Reports on dispensaries and lunatic asylums in the Province of Oudh - 1869-1876
Year: 1869
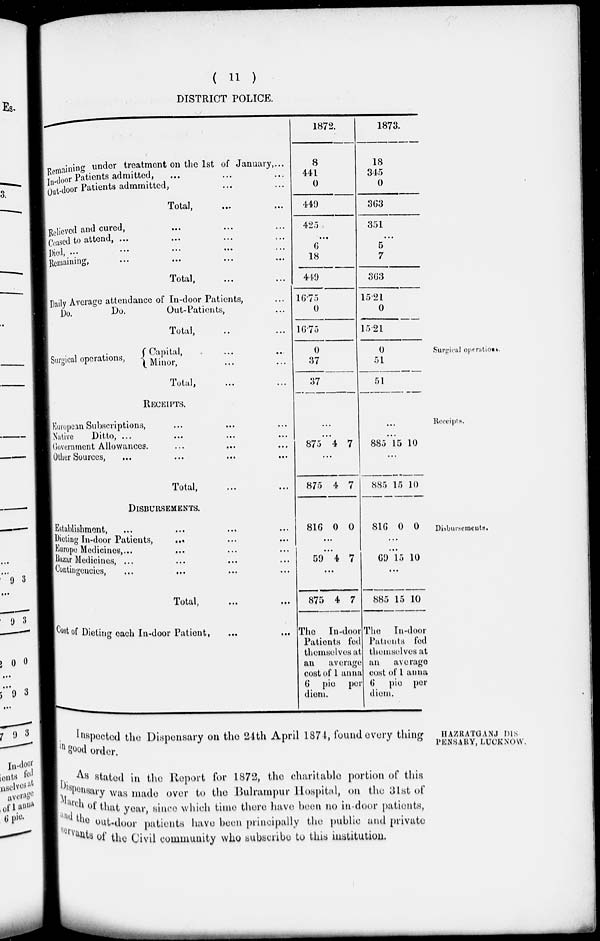
( 11 )
DISTRICT POLICE.
Remaining under treatment on the 1st of January,...
In-door Patients admitted, ... ... ...
Out-door Patients admmitted, ... ...
Total, ... ...
Relieved and cured, ... ... ...
Ceased to attend, ... ... ... ...
Died, ... ... ... ...
Remaining, ... ... ... ...
Total, ... ...
Daily Average attendance of In-door Patients, ...
Do.
Do.
Out-Patients, ...
Total, ... ...
1872.
8
441
0
449
425
...
6
18
449
16.75
0
16.75
1873.
18
345
0
363
351
...
5
7
363
15.21
0
15.21
Surgical operations.
Surgical operations,
Capital, ... ...
Minor, ... ...
Total,
0
37
37
0
51
51
Receipts.
RECEIPTS.
European Subscriptions, ... ... ...
Native
Ditto, ... ... ... ...
Government Allowances. ... ... ...
Other Sources, ... ... ... ...
Total, ... ...
...
...
875 4 7
...
875 4 7
...
...
885 15 10
...
885 15 10
Disbursements.
DISBURSEMENTS.
Establishment, ... ... ... ...
Dieting In-door Patients, ... ... ...
Europe Medicines,... ... ...
Bazar Medicines, ... ... ...
Contingencies, ... ... ... ...
Total, ... ... ... ...
Cost of Dieting each In-door Patient, ... ...
816 0 0
...
...
59 4 7
...
875 4 7
The In-door
Patients fed
themselves at
an
average
cost of 1 anna
6 pie
per
diem.
816 0 0
...
...
69 15 10
...
885 15 10
The In-door
Patients fed
themselves at
an
average
cost of 1 anna
6 pie
per
diem.
HAZRATGANJ DIS-
PENSARY, LUCKNOW.
Inspected the Dispensary on the 24th April 1874, found every thing
in good order.
As stated in the Report for 1872, the charitable portion of this
Dispensary was made over to the Bulrampur Hospital, on the 31st of
March of that year, since which time there have been no in-door patients,
and the out-door patients have been principally the public and private
servants of the Civil community who subscribe to this institution.